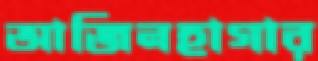
আজিনহাগার